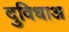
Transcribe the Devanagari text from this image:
दुविधाअ